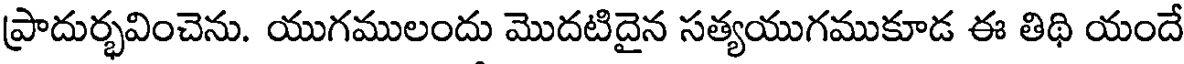
ప్రాదుర్భవించెను. యుగములందు మొదటిదైన సత్యయుగముకూడ ఈ తిథి యందే